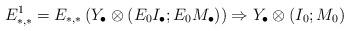
LaTeX: \begin{align*} E^1_{*,*}=E_{*,*}\left (Y_{\bullet}\otimes (E_0I_{\bullet};E_0M_{\bullet}) \right )\Rightarrow Y_{\bullet}\otimes (I_0;M_0) \end{align*}